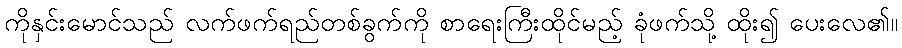
ကိုနှင်းမောင်သည် လက်ဖက်ရည်တစ်ခွက်ကို စာရေးကြီးထိုင်မည့် ခုံဖက်သို့ ထိုး၍ ပေးလေ၏။